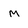
Character: M